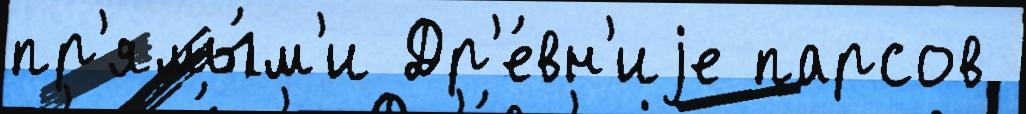
пр'ямы́м'и Др'е́вн'иjе парсов